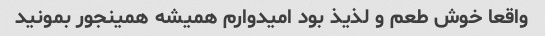
واقعا خوش طعم و لذیذ بود امیدوارم همیشه همینجور بمونید